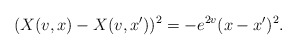
\begin{align*}(X(v,x)-X(v,x'))^2 = -e^{2v}(x-x')^2. \end{align*}